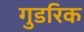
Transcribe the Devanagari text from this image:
गुडरिक